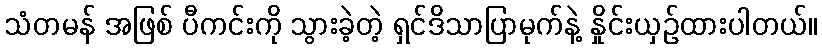
သံတမန် အဖြစ် ပီကင်းကို သွားခဲ့တဲ့ ရှင်ဒိသာပြာမုက်နဲ့ နှိုင်းယှဉ်ထားပါတယ်။